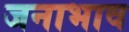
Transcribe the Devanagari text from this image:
जनाभाव